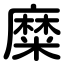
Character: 糜